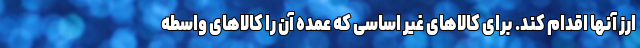
ارز آنها اقدام کند. برای کالاهای غیر اساسی که عمده آن را کالاهای واسطه